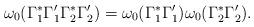
LaTeX: \begin{align*}\omega_0(\Gamma_1^*\Gamma_1' \Gamma_2^* \Gamma_2') = \omega_0(\Gamma_1^* \Gamma_1') \omega_0(\Gamma_2^* \Gamma_2').\end{align*}